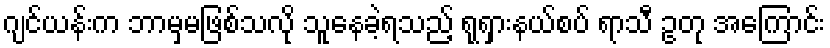
ဂျင်ယန်းက ဘာမှမဖြစ်သလို သူနေခဲ့ရသည့် ရုရှားနယ်စပ် ရာသီ ဥတု အကြောင်း